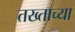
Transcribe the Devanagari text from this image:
तख्ताच्या